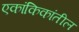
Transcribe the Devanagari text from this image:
एकांकिकांतील